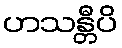
ဟသန္တီပိ